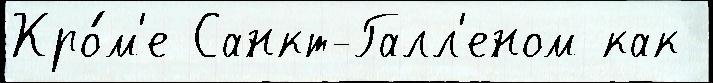
Кро́м'е Санкт-Галл'еном как